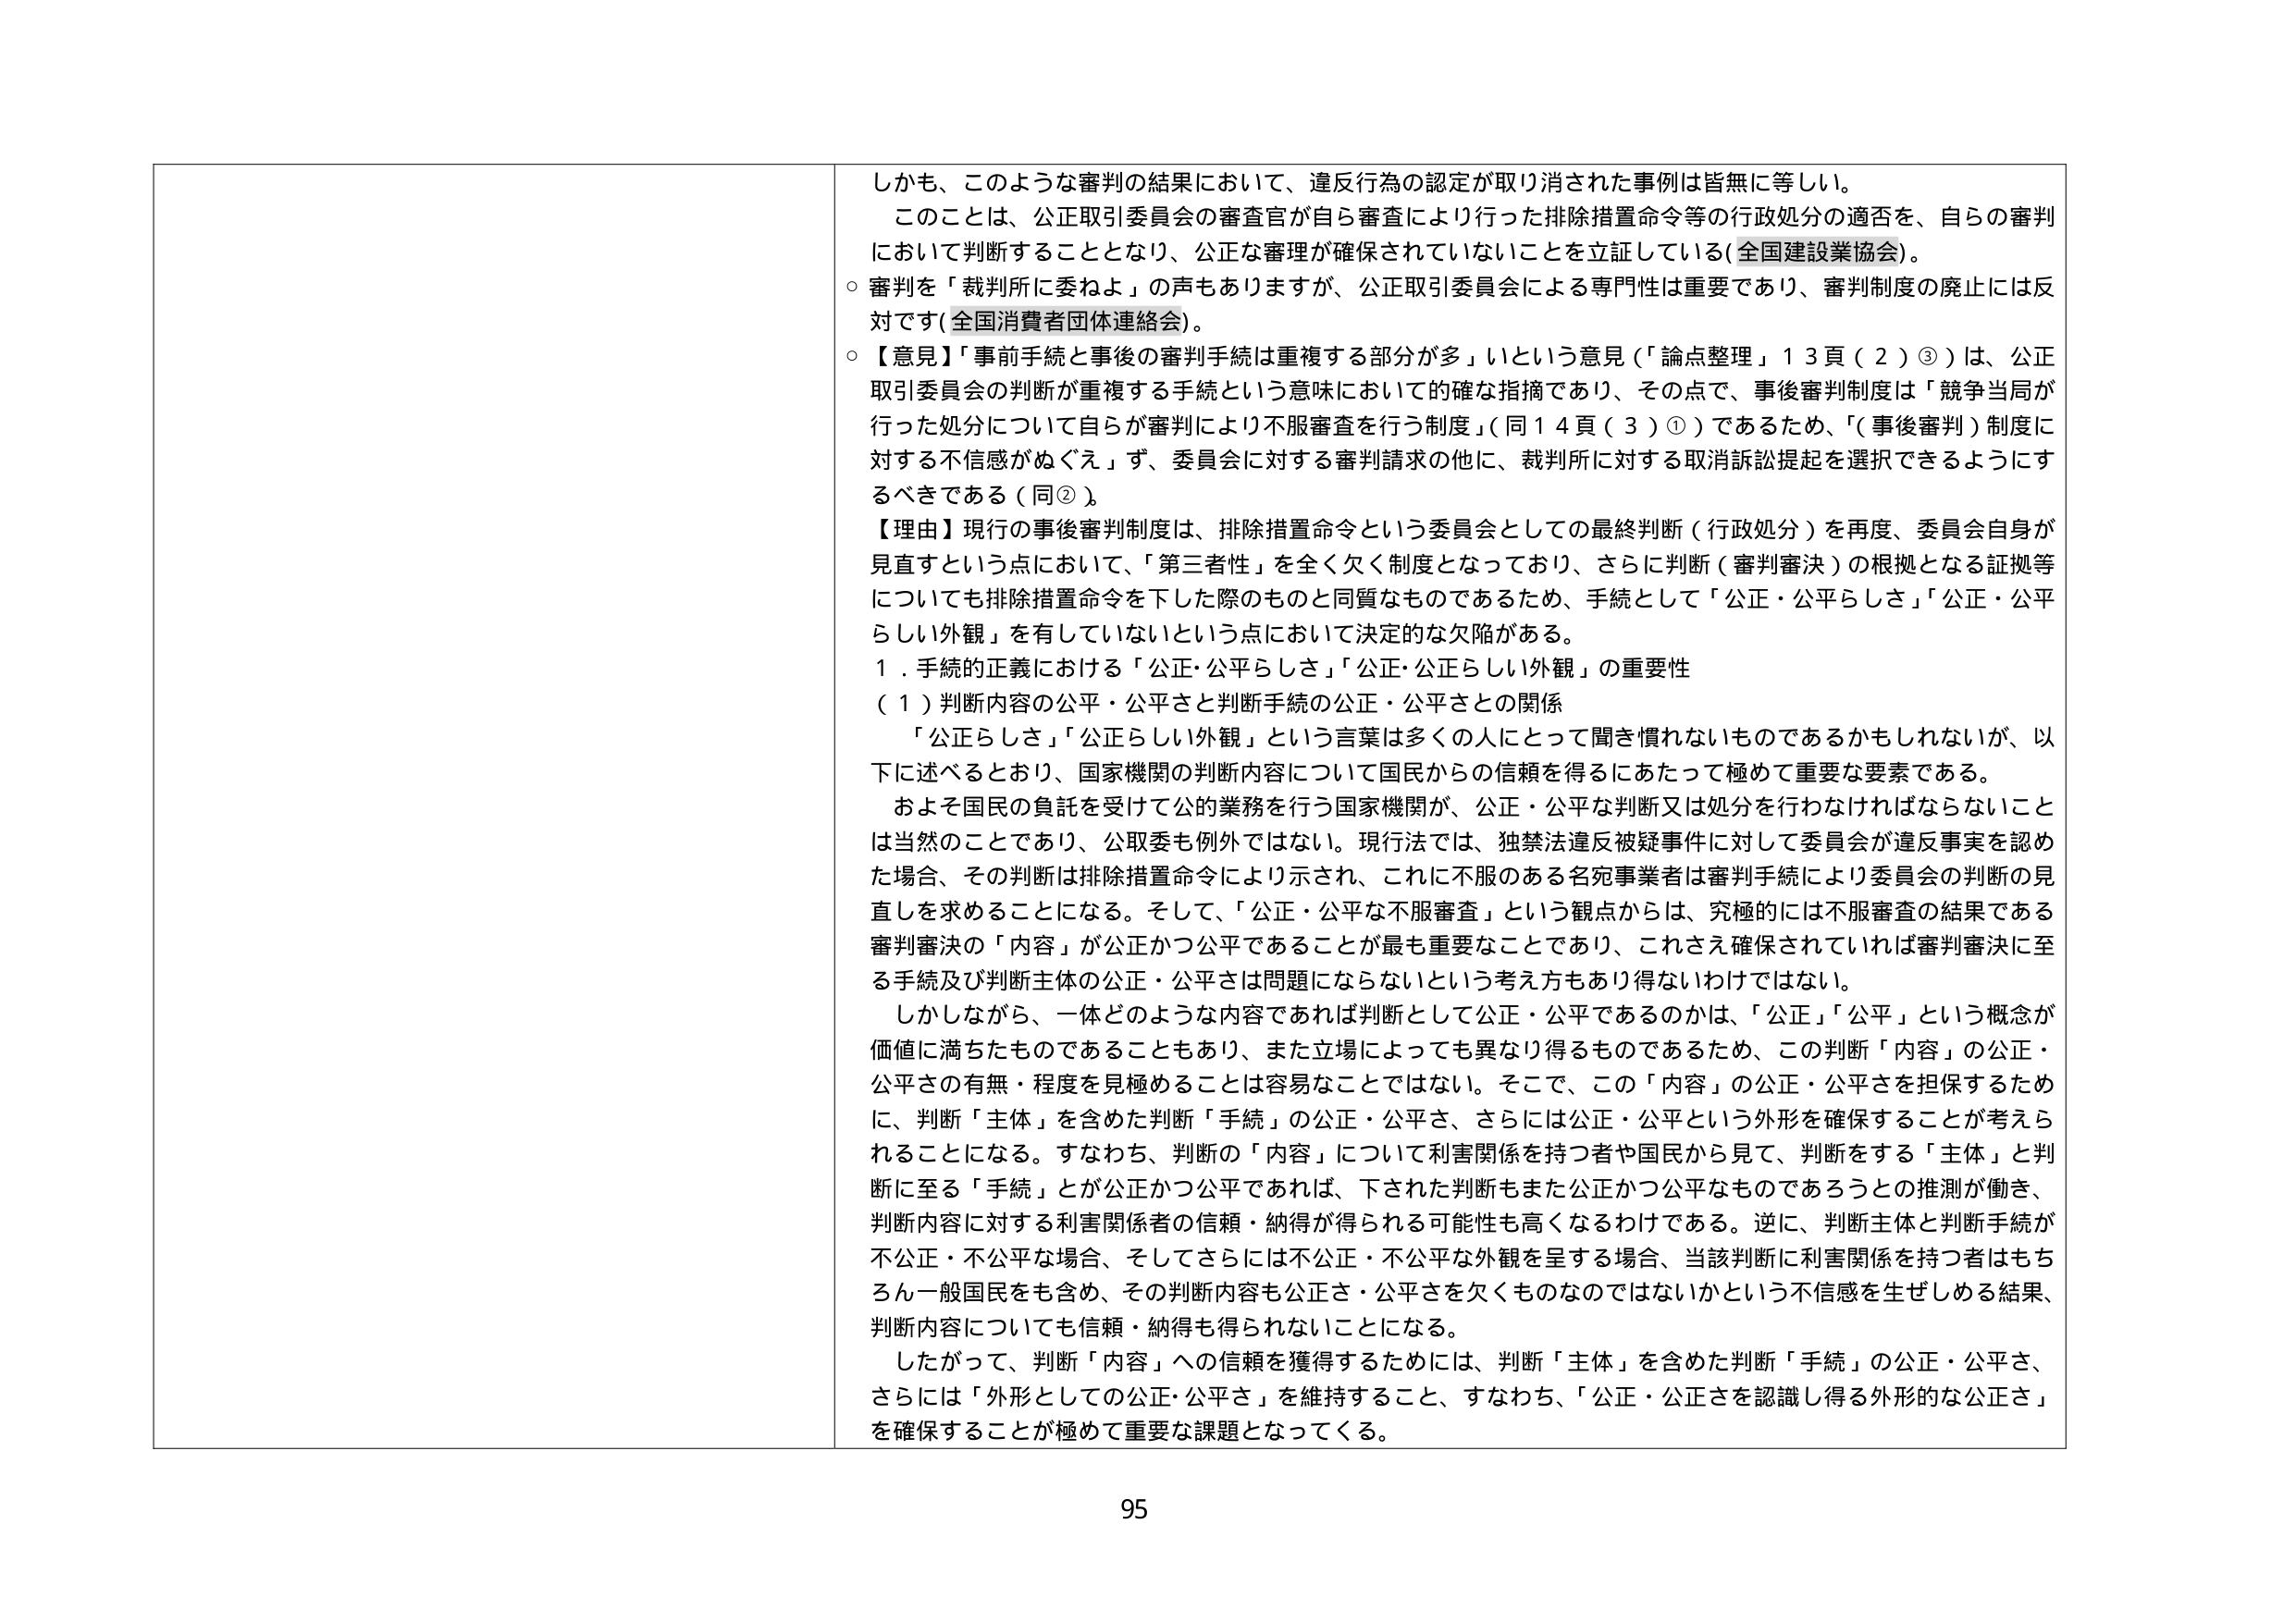
しかも、このような審判の結果において、違反行為の認定が取り消された事例は皆無に等しい。
このことは、公正取引委員会の審査官が自ら審査により行った排除措置命令等の行政処分の適否を、自らの審判において判断することとなり、公正な審理が確保されていないことを立証している（全国建設業協会）。
○ 審判を「裁判所に委ねよ」の声もありますが、公正取引委員会による専門性は重要であり、審判制度の廃止には反対です（全国消費者団体連絡会）。
○ 【意見】「事前手続と事後の審判手続は重複する部分が多」いという意見（「論点整理」13頁（2）③）は、公正取引委員会の判断が重複する手続という意味において的確な指摘であり、その点で、事後審判制度は「競争当局が行った処分について自らが審判により不服審査を行う制度」（同14頁（3）①）であるため、「（事後審判）制度に対する不信感がぬぐえ」ず、委員会に対する審判請求の他に、裁判所に対する取消訴訟提起を選択できるようにするべきである（同②）。
【理由】現行の事後審判制度は、排除措置命令という委員会としての最終判断（行政処分）を再度、委員会自身が見直すという点において、「第三者性」を全く欠く制度となっており、さらに判断（審判審決）の根拠となる証拠等についても排除措置命令を下した際のものと同質なものであるため、手続として「公正・公平らしさ」「公正・公平らしい外観」を有していないという点において決定的な欠陥がある。
１．手続的正義における「公正・公平らしさ」「公正・公平らしい外観」の重要性
（１）判断内容の公平・公平さと判断手続の公正・公平さとの関係
「公正らしさ」「公正らしい外観」という言葉は多くの人にとって聞き慣れないものであるかもしれないが、以下に述べるとおり、国家機関の判断内容について国民からの信頼を得るにあたって極めて重要な要素である。
およそ国民の負託を受けて公的業務を行う国家機関が、公正・公平な判断又は処分を行わなければならないことは当然のことであり、公取委も例外ではない。現行法では、独禁法違反被疑事件に対して委員会が違反事実を認めた場合、その判断は排除措置命令により示され、これに不服のある名宛事業者は審判手続により委員会の判断の見直しを求めることになる。そして、「公正・公平な不服審査」という観点からは、究極的には不服審査の結果である審判審決の「内容」が公正かつ公平であることが最も重要なことであり、これさえ確保されていれば審判審決に至る手続及び判断主体の公正・公平さは問題にならないという考え方もあり得ないわけではない。
しかしながら、一体どのような内容であれば判断として公正・公平であるのかは、「公正」「公平」という概念が価値に満ちたものであることもあり、また立場によっても異なり得るものであるため、この判断「内容」の公正・公平さの有無・程度を見極めることは容易なことではない。そこで、この「内容」の公正・公平さを担保するために、判断「主体」を含めた判断「手続」の公正・公平さ、さらには公正・公平という外形を確保することが考えられることになる。すなわち、判断の「内容」について利害関係を持つ者や国民から見て、判断をする「主体」と判断に至る「手続」とが公正かつ公平であれば、下された判断もまた公正かつ公平なものであろうとの推測が働き、判断内容に対する利害関係者の信頼・納得が得られる可能性も高くなるわけである。逆に、判断主体と判断手続が不公正・不公平な場合、そしてさらには不公正・不公平な外観を呈する場合、当該判断に利害関係を持つ者はもちろん一般国民をも含め、その判断内容も公正さ・公平さを欠くものなのではないかという不信感を生ぜしめる結果、判断内容についても信頼・納得も得られないことになる。
したがって、判断「内容」への信頼を獲得するためには、判断「主体」を含めた判断「手続」の公正・公平さ、さらには「外形としての公正・公平さ」を維持すること、すなわち、「公正・公正さを認識し得る外形的な公正さ」を確保することが極めて重要な課題となってくる。

95